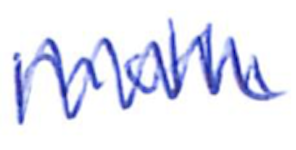
Text: moth
Cross-out: zig-zag
Writing tool: ballpoint